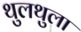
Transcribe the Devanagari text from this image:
थुलथुला